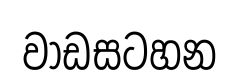
වාඩසටහන